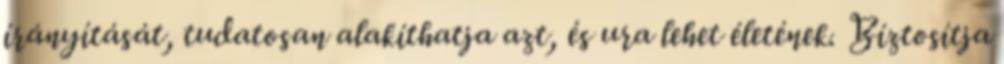
írányítását, tudatosan alakíthatja azt, és ura lehet életének. Bíztosítja